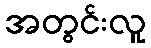
အတွင်းလူ